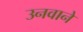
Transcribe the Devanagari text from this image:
उनवाने